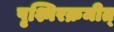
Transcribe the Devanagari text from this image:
पृश्निरक्रमीत्